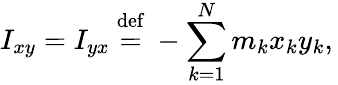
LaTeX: I_{xy}=I_{yx}\ {\stackrel{\mathrm{def}}{=}}\ -\sum_{k=1}^{N}m_{k}x_{k}y_{k},\,